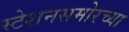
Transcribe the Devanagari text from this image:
स्टेशनसमोरच्या